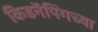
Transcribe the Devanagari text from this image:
किडनॅपिंगच्या